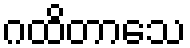
ဂထိတာသေ